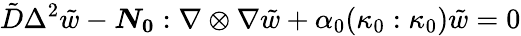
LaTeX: \tilde{D}\Delta^{2}\tilde{w}-\boldsymbol{{N_{0}}}:\nabla\otimes\nabla\tilde{w}+\alpha_{0}(\kappa_{0}:\kappa_{0})\tilde{w}=0